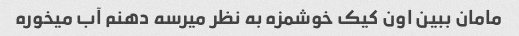
مامان ببین اون کیک خوشمزه به نظر میرسه دهنم آب میخوره